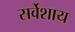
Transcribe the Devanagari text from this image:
सर्वेशाय